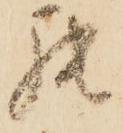
罷